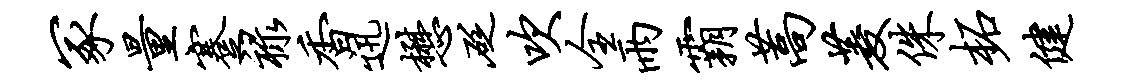
冢量蹇禄香迅懋砭吹全雨霸蒿菱侏柘健